Papers set at the Examination for Leaving Certificates, 1895
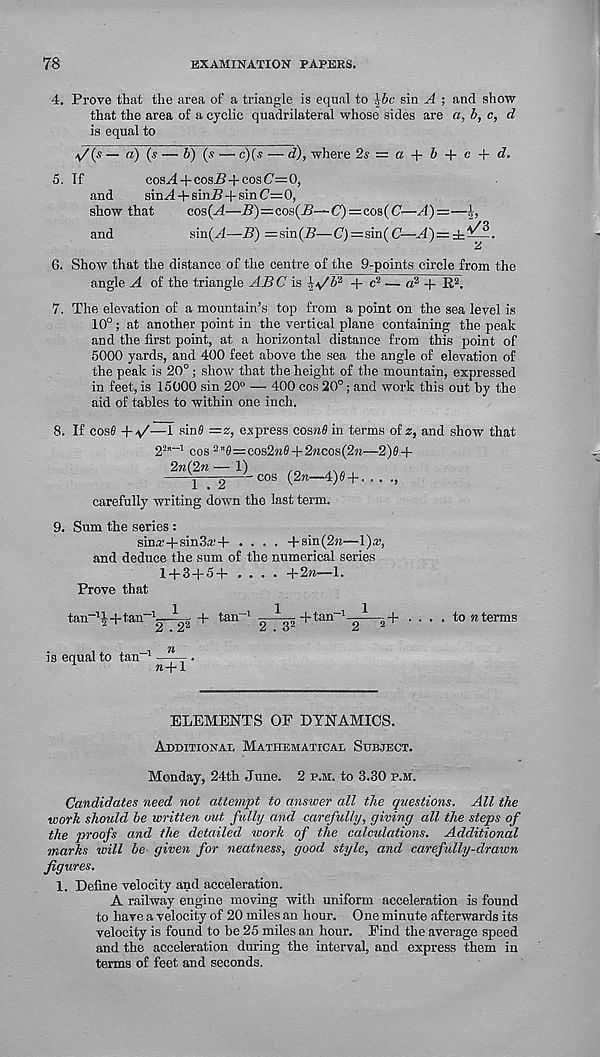
78
EXAMINATION PAPERS.
4. Prove that the area of a triangle is equal to ^bc sin A ; and show
that the area of a cyclic quadrilateral whose sides are a, b, c, d
is equal to
*/(s — a) (s — 6) (s — c)(s — d), where 2s = a + b + c + d.
5. If
cos^l + cosi?+008(7=0,
and
sin+ + sin/? + sin C= 0,
show that
cms(A—B)=cos(i>—C)=cos((7—A)——
and
sin(^(—5) =sin(i?—C , )=sin((7—A)—
6. Show that the distance of the centre of the 9-points circle from the
angle A of the triangle ABC is
+ c 2 — a 2 + R 2 ,
7. The elevation of a mountain’s top from a point on the sea level is
10°; at another point in the vertical plane containing the peak
and the first point, at a horizontal distance from this point of
5000 yards, and 400 feet above the sea the angle of elevation of
the peak is 20°; show that the height of the mountain, expressed
in feet, is 15000 sin 20° — 400 cos 20°; and work this out by the
aid of tables to within one inch.
8. If cos0 +^/—1 sinfi =z, express cosnfl in terms of 2, and show that
2 2 "” 1 cos 2,, 0=cos2ra0 + 2wcos(2M—2)6 +
2W^l ” 2" cos ( 2re —-4)0 +• • .
carefully writing down the last term.
9. Sum the series:
sina;+sin3a.’+ .... + sin (2m—l)a;,
and deduce the sum of the numerical series
1 + 3 + 5+ . . . • +2m—1.
Prove that
tan -1 !+fan'
is equal to tan -1
-i 1
2.2 2
n
w+1
+ tan~ 2 . 3 2 +tan' -i 1 5 +
to n terms
ELEMENTS OF DYNAMICS.
Additional Mathematical Subject.
Monday, 24th June. 2 p.m. to 3.30 p.m.
Candidates need not attempt to answer all the questions. All the
work should be written out fully and carefully, giving all the steps of
the proofs and the detailed work of the calculations. Additional
marks will be given for neatness, good style, and carefidly-drawn
figures.
1. Define velocity and acceleration.
A railway engine moving with uniform acceleration is found
to have a velocity of 20 miles an hour. One minute afterwards its
velocity is found to be 25 miles an hour. Find the average speed
and the acceleration during the interval, and express them in
terms of feet and seconds.